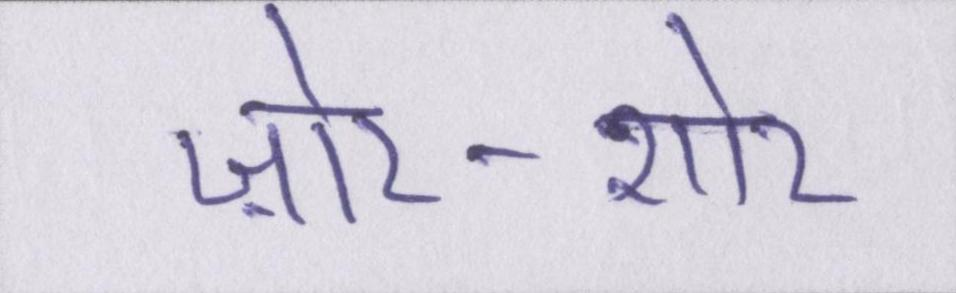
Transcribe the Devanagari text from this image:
ज़ोर-शोर